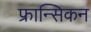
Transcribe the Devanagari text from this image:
फ्रान्सिकन